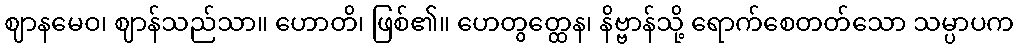
ဈာနမေဝ၊ ဈာန်သည်သာ။ ဟောတိ၊ ဖြစ်၏။ ဟေတွတ္ထေန၊ နိဗ္ဗာန်သို့ ရောက်စေတတ်သော သမ္ပာပက